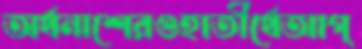
অর্থনাশেরগুহাতীর্থেআগ্